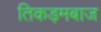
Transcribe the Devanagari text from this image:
तिकड़मबाज